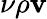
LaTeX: \nu\rho\textbf{v}